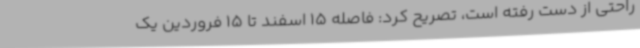
راحتی از دست رفته است، تصریح کرد: فاصله 15 اسفند تا 15 فروردین یک